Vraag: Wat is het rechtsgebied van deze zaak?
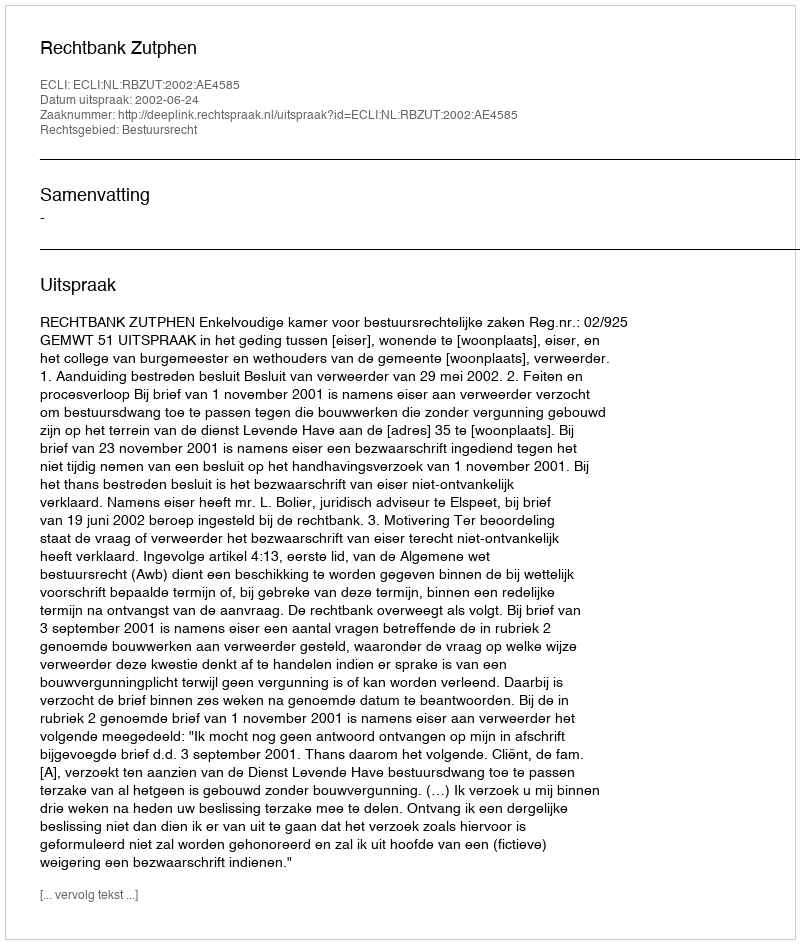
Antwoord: Bestuursrecht